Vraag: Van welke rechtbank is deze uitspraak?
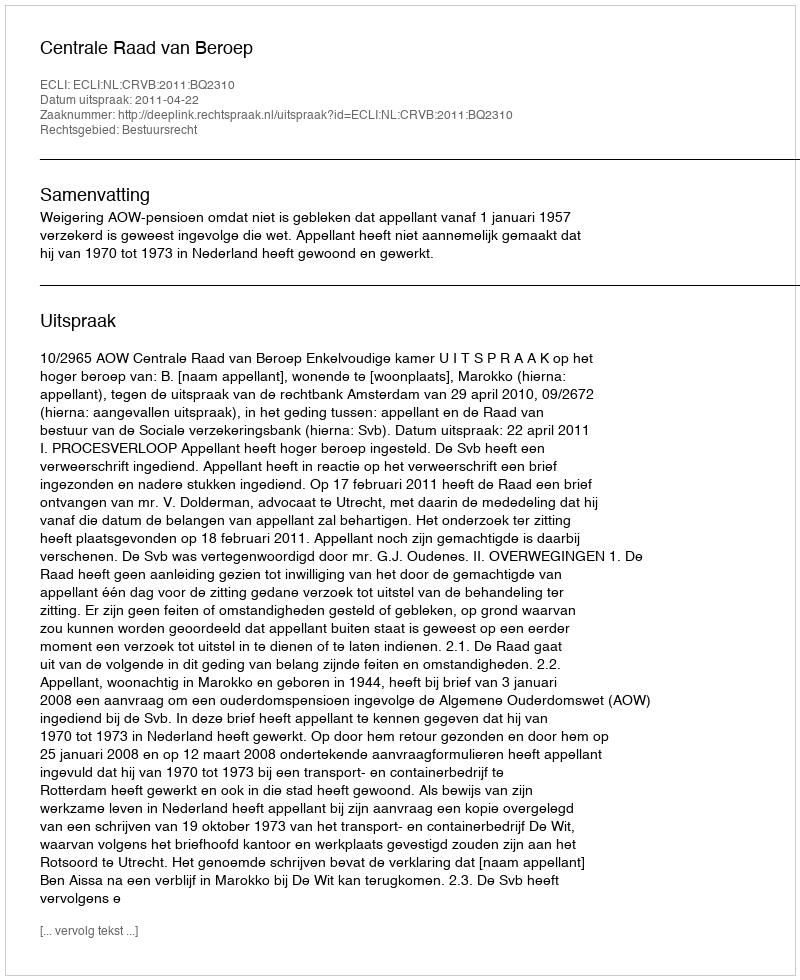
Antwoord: Centrale Raad van Beroep